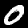
Digit: 0